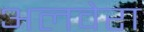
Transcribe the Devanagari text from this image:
अलवेरा